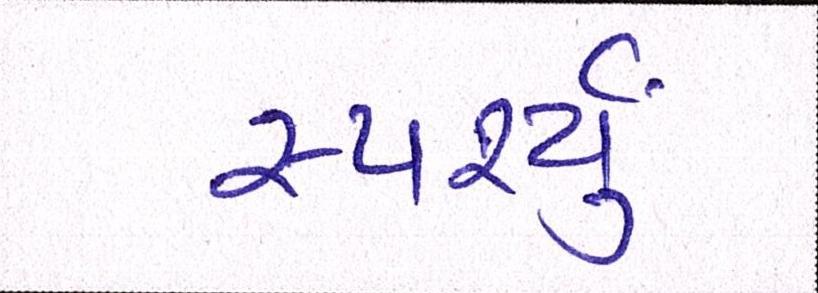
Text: સ્પર્શ્યું